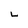
Character: L